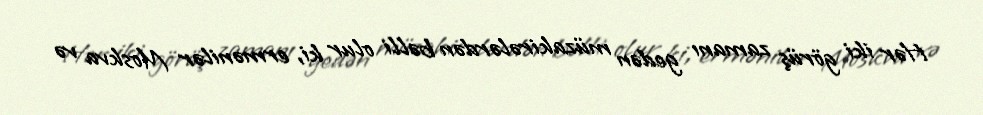
Hər iki görüş zamanı gedən müzakirələrdən bəlli olur ki, ermənilər Moskva və